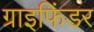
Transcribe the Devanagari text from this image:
ग्राइफिंडर